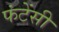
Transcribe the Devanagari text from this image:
फंटेंसी